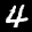
Label: 4